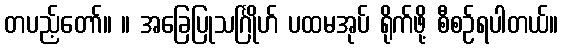
တပည့်တော်။ ။ အခြေပြုသင်္ဂြိုဟ် ပထမအုပ် ရိုက်ဖို့ စီစဉ်ရပါတယ်။